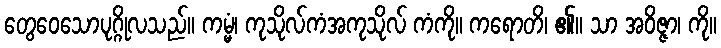
တွေဝေသောပုဂ္ဂိုလသည်။ ကမ္မံ၊ ကုသိုလ်ကံအကုသိုလ် ကံကို။ ကရောတိ၊ ၏။ သာ အဝိဇ္ဇာ၊ ကို။